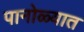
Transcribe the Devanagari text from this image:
पानोळ्यात